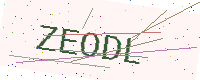
Text: ZEODL